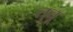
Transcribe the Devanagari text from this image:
तुबू